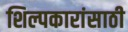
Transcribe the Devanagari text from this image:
शिल्पकारांसाठी